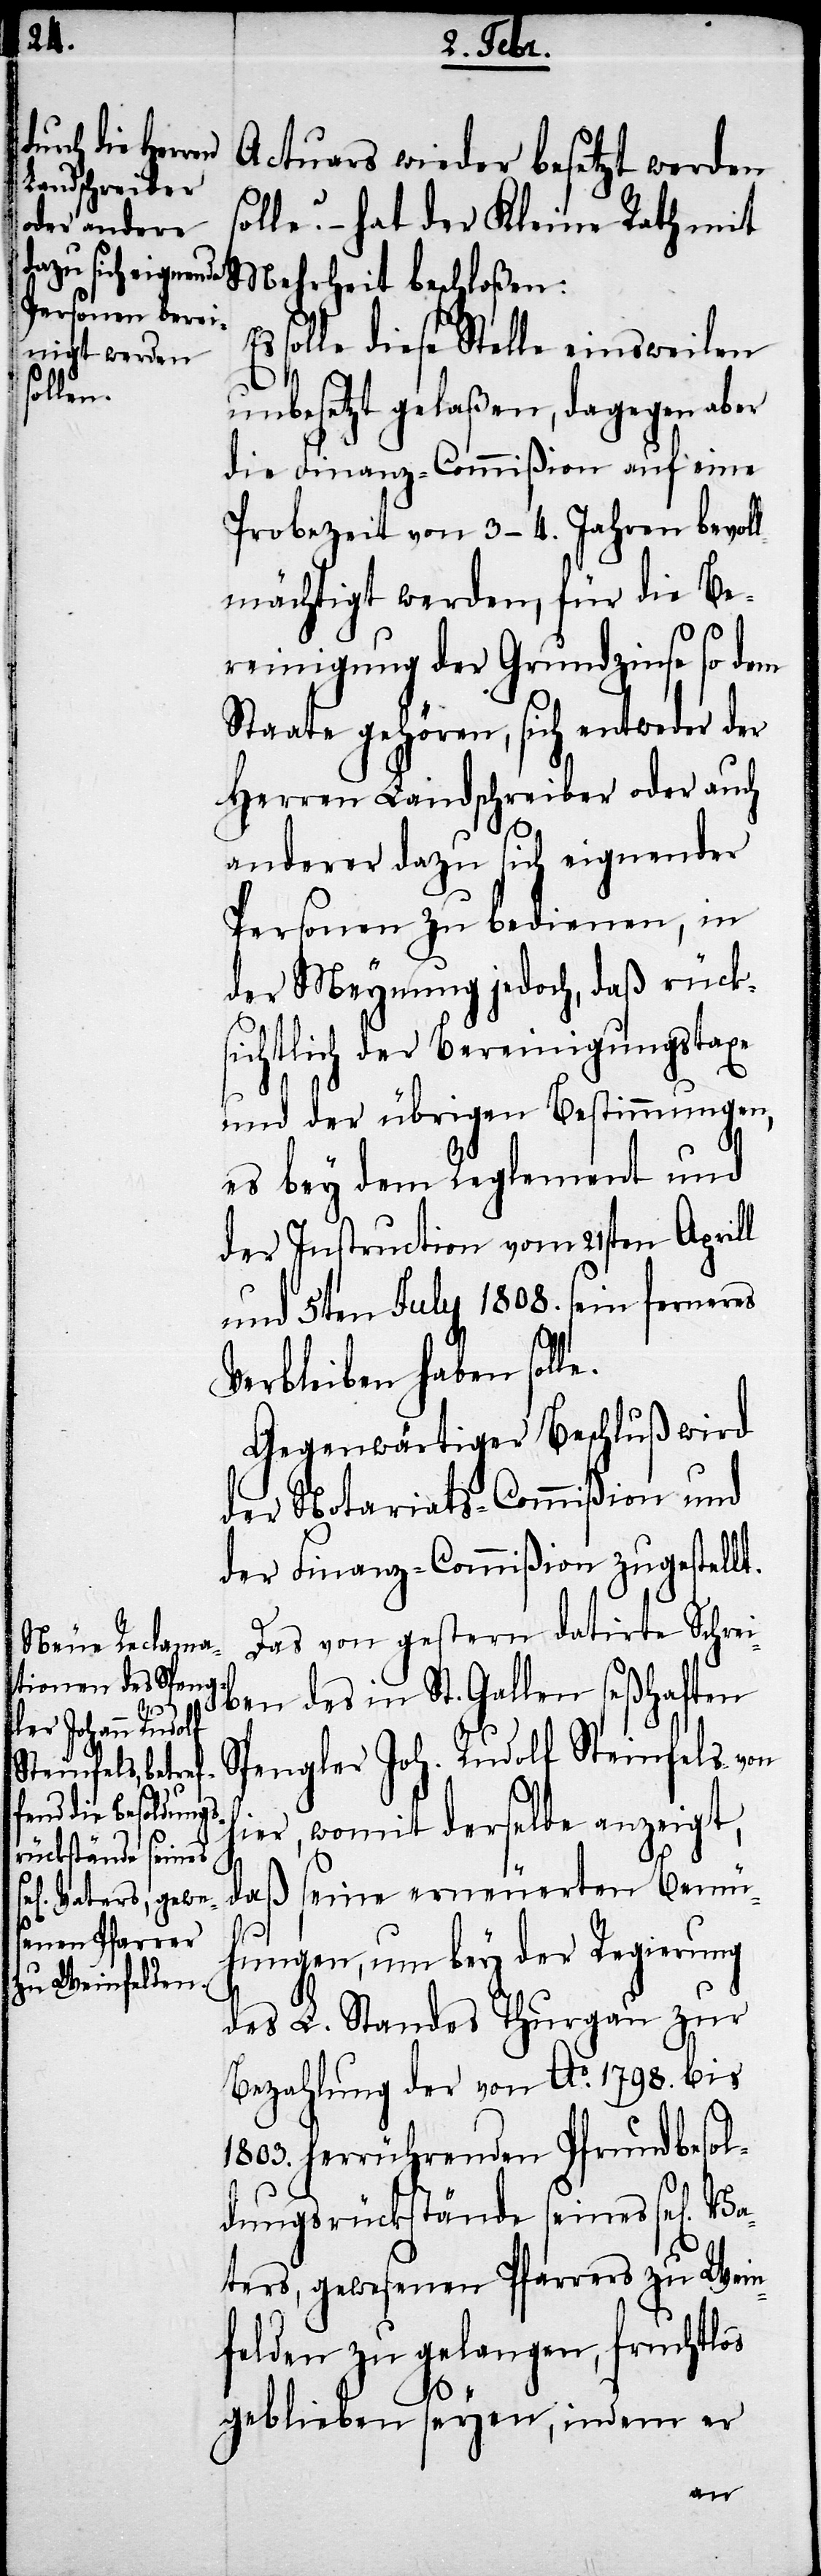
Actuars wieder besetzt werden
solle? – hat der Kleine Rath mit
Mehrheit beschloßen:
solle diese Stelle einsweilen
unbesetzt gelaßen, dagegen aber
die Finanz-Commißion auf eine
Probezeit von 3–4. Jahren bevol¬
lmächtigt werden, für die Be¬
reinigung der Grundzinse so dem
Staate gehören, sich entweder der
Herren Landschreiber oder auch
anderer dazu sich eignender
Personen zu bedienen, in
der Meynung jedoch, daß rück¬
sichtlich der Bereinigungstaxe
und der übrigen Bestimmungen,
es bey dem Reglement und
der Instruction vom 21sten Aprill
und 5ten July 1808. sein ferneres
Verbleiben haben soll¬
Gegenwärtiger Beschluß wird
der Notariats-Commißion und
der Finanz-Commißion zugestellt.
Das von gestern datirte Schrei¬
ben des in St. Gallen seßhaften
Spengler Joh. Rudolf Steinfels von
ier, womit derselbe anzeigt,
daß seine erneuerten Bemü¬
hungen, und bey der Regierung
des L. Standes Thurgau zur
Bezahlung der von Ao. 1798. bis
1803. herrührenden Pfrundbesol¬
dungsrückstände seines sel[ig¬
ters, gewesenen Pfarrers zu Wein¬
felden zu gelangen, fruchtlos
geblieben seyen, indem er
Va¬